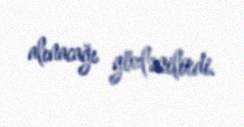
alınacağı gözlənilirdi.